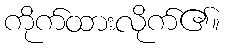
ကိုက်ထားလိုက်၏။